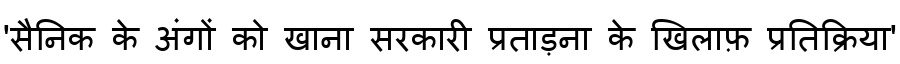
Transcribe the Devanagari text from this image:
'सैनिक के अंगों को खाना सरकारी प्रताड़ना के खिलाफ़ प्रतिक्रिया'